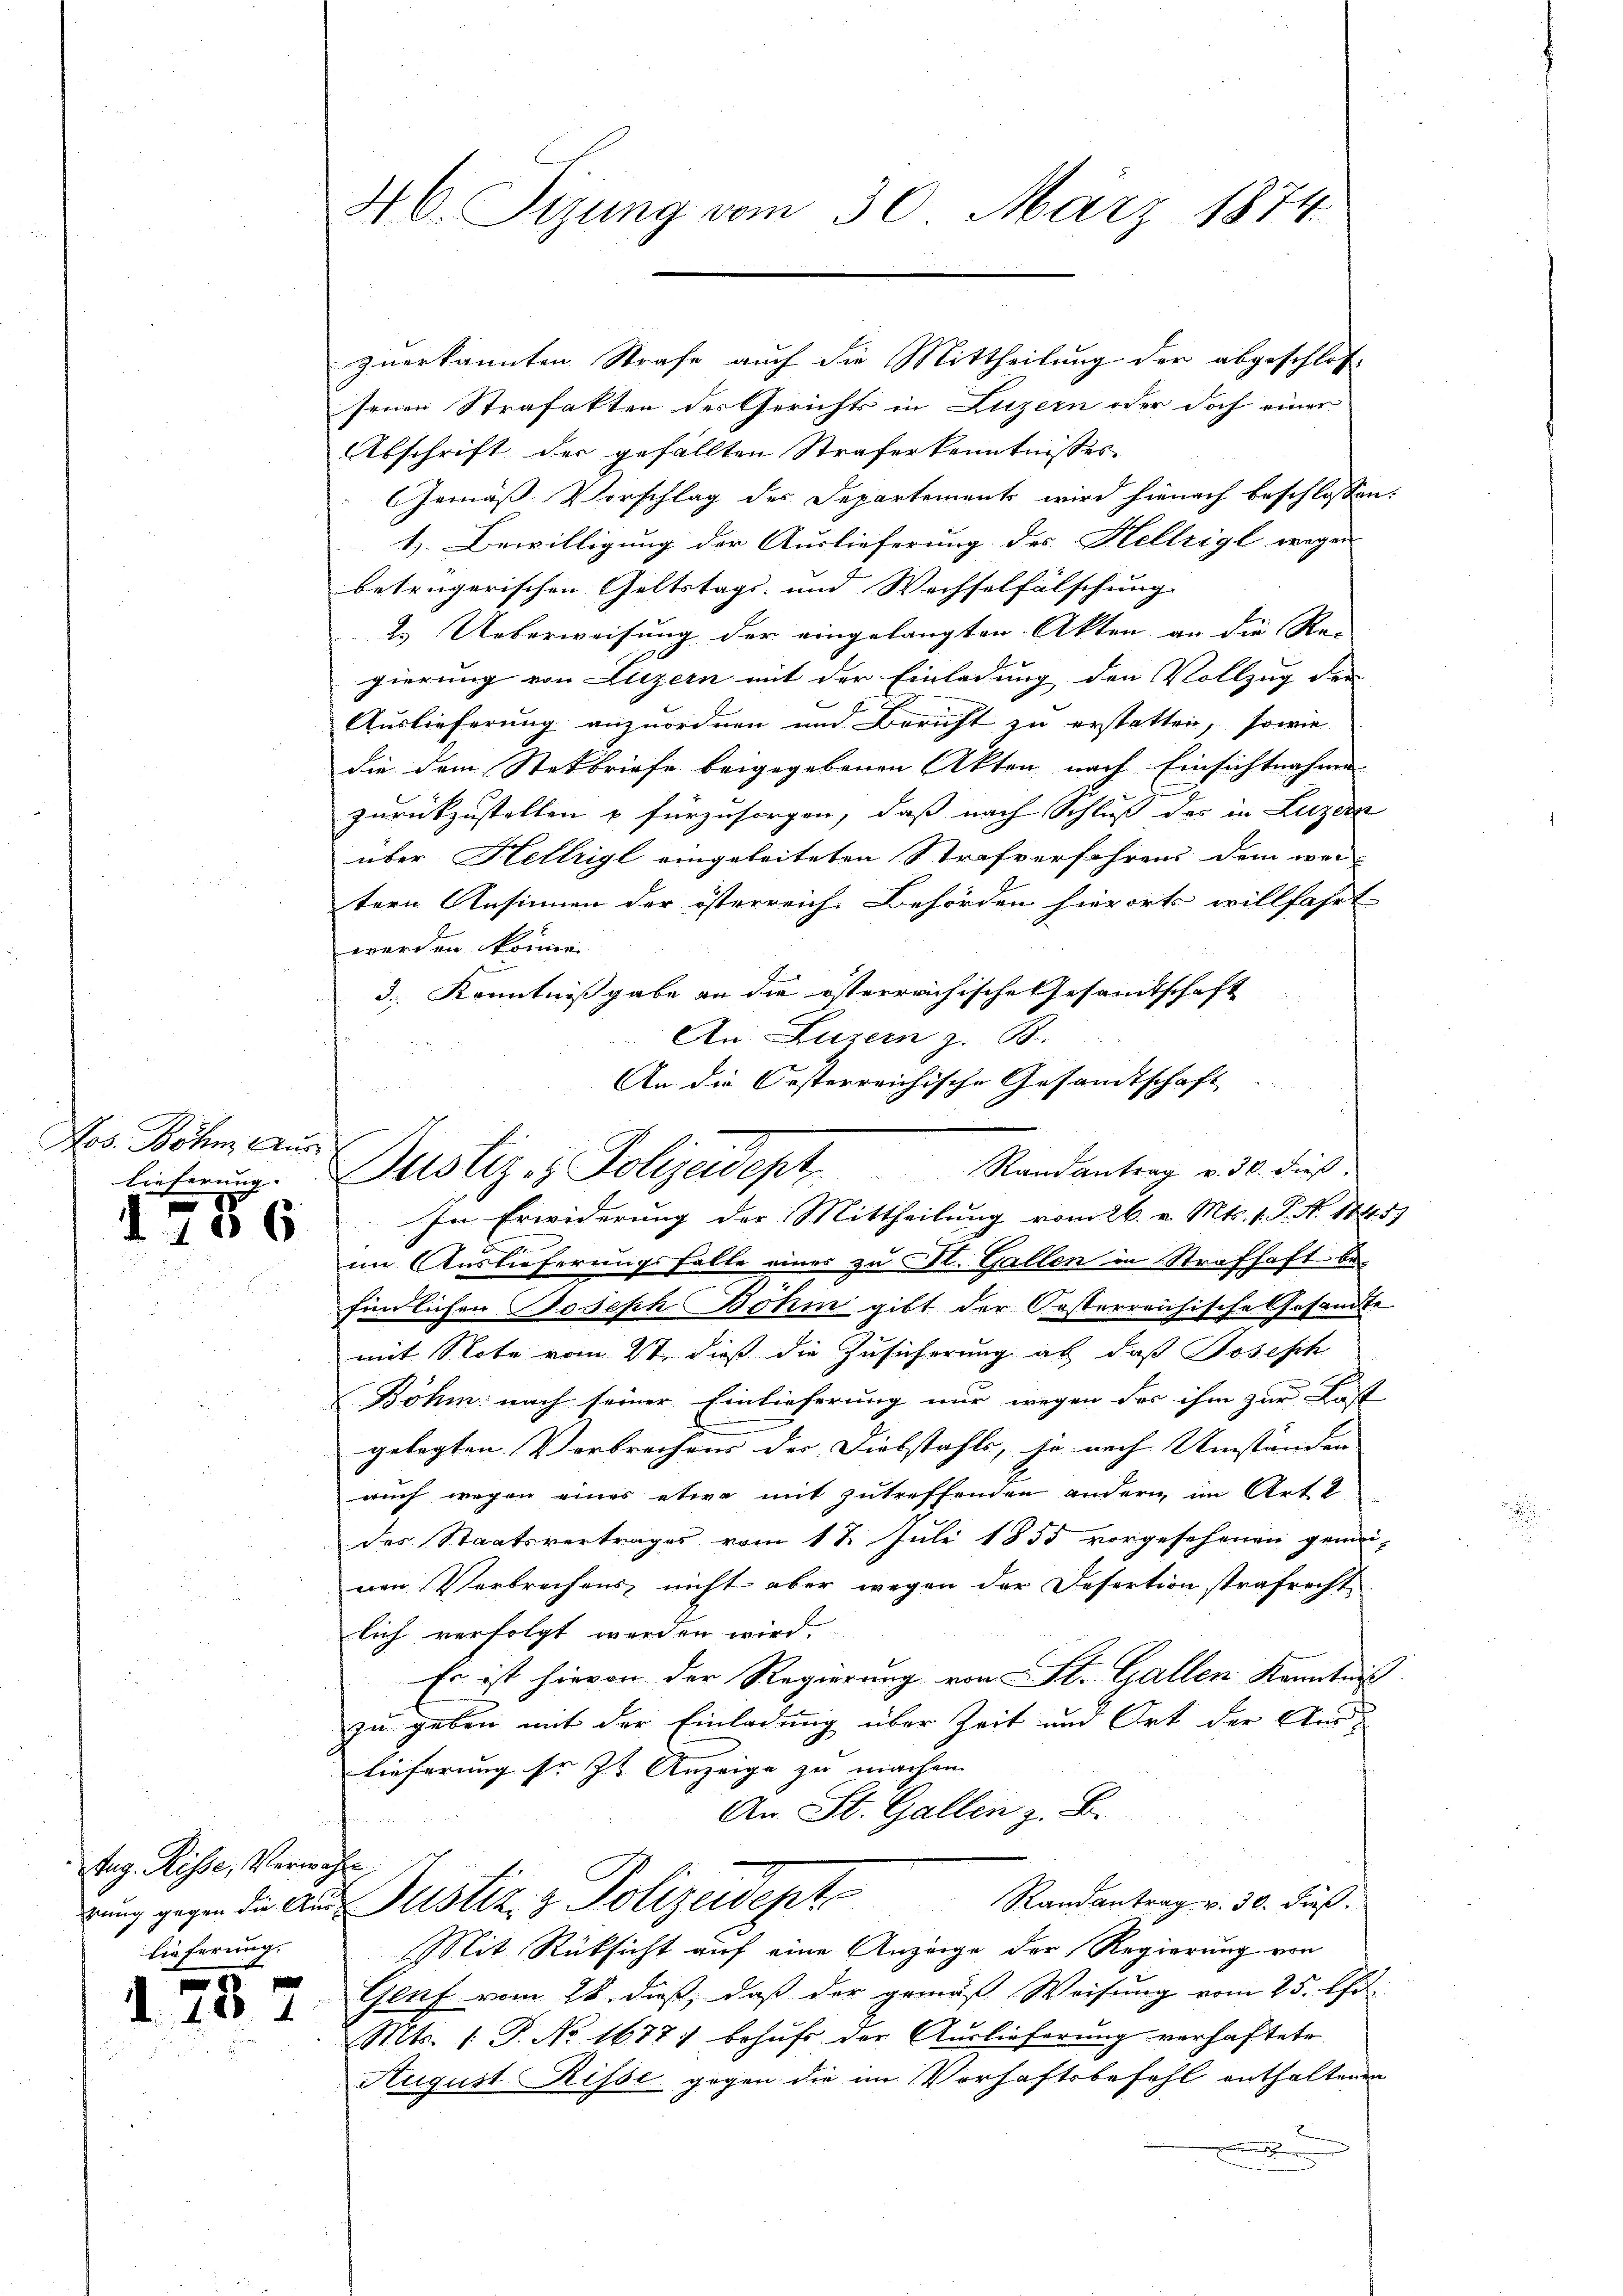
Ros. Böhm Aus
lieferung

186

Tag. Risse, Verwahl,
lieferung.

.

46. Sizung vom 30. März 1874.

zuerkannten Strafe auch die Mittheilung der abgeschlos
senen Strafakten des Gerichts in Luzern oder doch einer
Abschrift der gefällten Straferkenntnisses
Gemäß Vorschlag des Departements wird hienach beschlossen:
1). Bewilligung der Auslieferung des Hellrigl wegen
betrügerischen Geltstags- und Wechselfälschung.
2.) Ueberweisung der eingelangten Akten an die Rei- |
gierung von Luzern mit der Einladung den Vollzug der
Auslieferung anzuordnen und Bericht zu erstatten, sowie
die dem Stetbriefe beigegebenen Akten nach Einsichtnahme
zurückzustellen u fürzusorgen, daß nach Schluß des in Luzern
über Hellrigl eingeleiteten Strafverfahrens dem wei-
tern Ansinnen der österreiche Behörden hierorts willfahrt
werden könne.
3. Kenntnißgabe an die österreichische Gesamtschaft
An Luzern z. B.
An die Oesterreichische Gesandtschaft
im Auslieferungsfalle eines zu Fl. Gallen in Strafhaft befindlichen Joseph Böhm gibt der Oesterreichische Gesandte
mit Note vom 2t dieß die Zusicherung ab, daß Joseph
Böhm nach seiner Einlieferung nur wegen der ihm zur Last
gelegten Verbrechens der Diebstahls, je nach Umständen |
auch wegen eines etwa mit zutreffenden andern im Art. 2
des Staatsvertrages vom 11. Juli 1855 vorgesehenen gemei-
nen Verbrechens nicht aber wegen der Desertion strafrecht,
lich verfolgt werden wird.
Es ist hievon der Regierung von St. Gallen Kenntnis.
zu geben mit der Einladung über Zeit und Ort der Auslieferung so ist Anzeige zu machen.
An St. Gallen z. B.
rung gegen die Aus Justiz & Polizeidept. Randantrag v. 30. dieß.
Mit Rücksicht auf eine Anzeige der Regierung von
Genf vom 28. dieß, daß der gemäß Weisung vom 25. Chr.
Mts. 1. P. No 1677 behufs der Auslieferung verhaftete
August Risse gegen die im Vorhaftsbefehl enthaltenen
.

Justiz- & Polizadept. Randantrag aus dies
In Erwiderung der Mittheilung vom 26. v. Mts. 1. P. N. 1145)